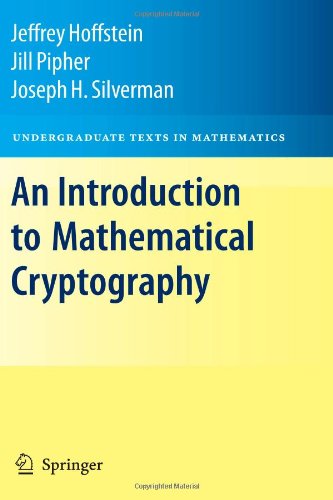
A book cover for An Introduction to Mathematical Cryptography (Undergraduate Texts in Mathematics); Jeffrey Hoffstein; Computers & Technology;